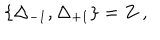
\{ \Delta _ { - 1 } , \Delta _ { + 1 } \} = Z \ ,